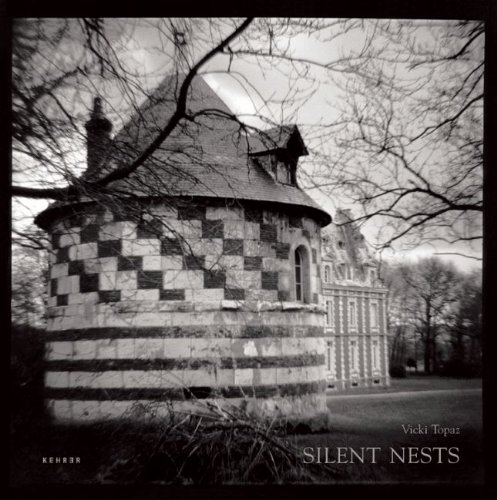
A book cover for Silent Nests (English and French Edition); Gilles Boussard; Arts & Photography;